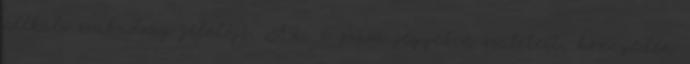
nélküli szabadság jelölője. Aki e szám jegyében született, könnyedén